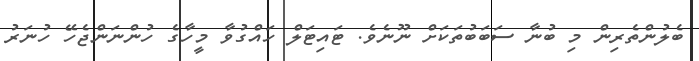
ބެލުންތެރިން މި ބުނާ ސަބަބުތަކަށް ނޫނެވެ. ޓައިޓަލް ހައްގުވާ މީހާގެ ހުންނަންޖެހޭ ހުނަރު